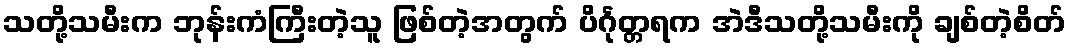
သတို့သမီးက ဘုန်းကံကြီးတဲ့သူ ဖြစ်တဲ့အတွက် ပိင်္ဂုတ္တရက အဲဒီသတို့သမီးကို ချစ်တဲ့စိတ်